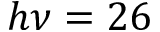
h \nu = 2 6